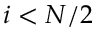
i < N / 2